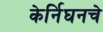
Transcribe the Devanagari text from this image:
केर्निघनचे